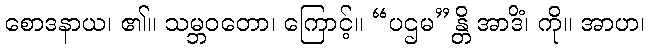
စောဒနာယ၊ ၏။ သမ္ဘဝတော၊ ကြောင့်။ “ပဌမ”န္တိ အာဒိံ၊ ကို။ အာဟ၊